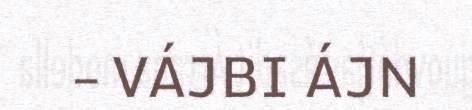
– VÁJBI ÁJN